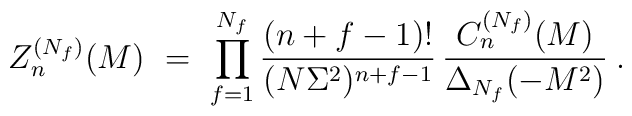
Z_n^{(N_f)}(M) \ = \ \prod_{f=1}^{N_f} \frac{(n+f-1)!}{(N\Sigma^2)^{n+f-1}}\,\frac{C_n^{(N_f)}(M)}{\Delta_{N_f}(-M^2)}\:.